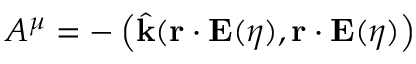
A ^ { \mu } = - \left( \hat { \mathbf { k } } ( \mathbf { r } \cdot \mathbf { E } ( \eta ) , \mathbf { r } \cdot \mathbf { E } ( \eta ) \right)